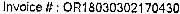
INVOICE # : OR18030302170430